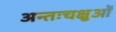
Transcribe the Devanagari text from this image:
अन्तःचक्षुओं